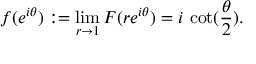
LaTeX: f ( e ^ { i \theta } ) : = \operatorname* { l i m } _ { r \to 1 } F ( r e ^ { i \theta } ) = i \, \cot ( { \frac { \theta } { 2 } } ) .